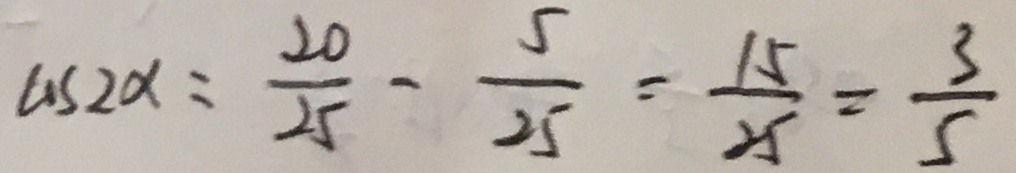
\cos 2 \alpha = \frac { 2 0 } { 2 5 } - \frac { 5 } { 2 5 } = \frac { 1 5 } { 2 5 } = \frac { 3 } { 5 }